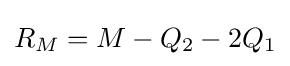
R_{M}=M-Q_{2}-2Q_{1}